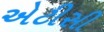
એટીસી